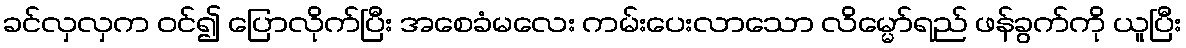
ခင်လှလှက ဝင်၍ ပြောလိုက်ပြီး အစေခံမလေး ကမ်းပေးလာသော လိမ္မော်ရည် ဖန်ခွက်ကို ယူပြီး